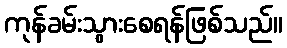
ကုန်ခမ်းသွားစေရန်ဖြစ်သည်။